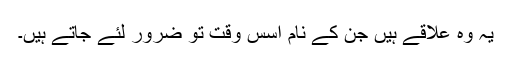
یہ وہ علاقے ہیں جن کے نام اسس وقت تو ضرور لئے جاتے ہیں۔